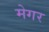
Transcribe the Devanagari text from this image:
मेगर